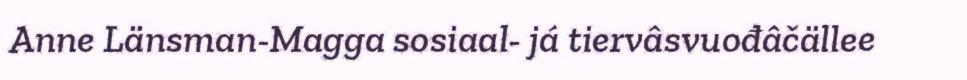
Anne Länsman-Magga sosiaal- já tiervâsvuođâčällee